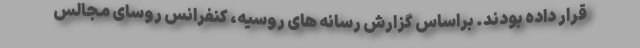
قرار داده بودند. براساس گزارش رسانه های روسیه، کنفرانس روسای مجالس